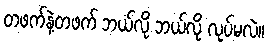
တဖက်နဲ့တဖက် ဘယ်လို ဘယ်လို လုပ်မလဲ။